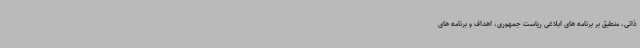
ذاتی، منطبق بر برنامه های ابلاغی ریاست جمهوری، اهداف و برنامه های